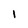
Character: l